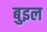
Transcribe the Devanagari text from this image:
बुइल